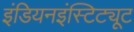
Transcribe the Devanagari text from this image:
इंडियनइंस्टिट्यूट